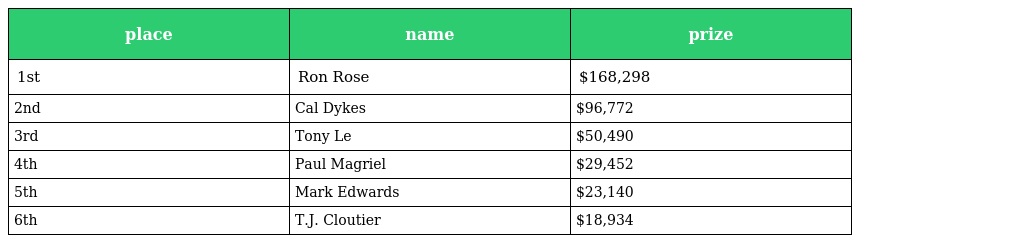
| place | name | prize |
 | --- | --- | --- |
 | 1st | Ron Rose | $168,298 |
 | 2nd | Cal Dykes | $96,772 |
 | 3rd | Tony Le | $50,490 |
 | 4th | Paul Magriel | $29,452 |
 | 5th | Mark Edwards | $23,140 |
 | 6th | T.J. Cloutier | $18,934 |